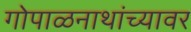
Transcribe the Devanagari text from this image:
गोपाळनाथांच्यावर